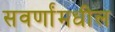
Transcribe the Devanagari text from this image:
सवर्णांमधील